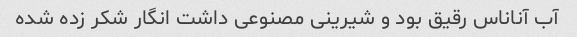
آب آناناس رقیق بود و شیرینی مصنوعی داشت انگار شکر زده شده